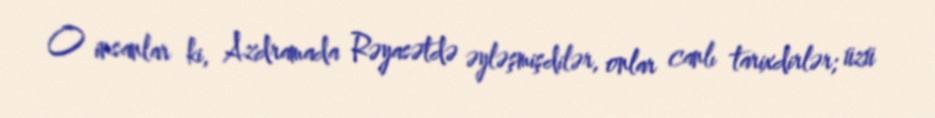
O insanlar ki, Azdramada Rəyasətdə əyləşmişdilər, onlar canlı tarixdirlər; üzü